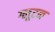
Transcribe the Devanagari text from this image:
ग्लूटन